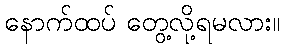
နောက်ထပ် တွေ့လို့ရမလား။